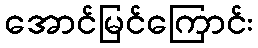
အောင်မြင်ကြောင်း